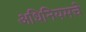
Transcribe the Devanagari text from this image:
अधिनियमचे